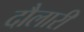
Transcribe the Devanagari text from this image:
दौलारी